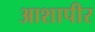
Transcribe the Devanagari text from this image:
आशापीर